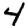
Digit: 4